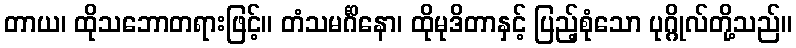
တာယ၊ ထိုသဘောတရားဖြင့်။ တံသမင်္ဂိနော၊ ထိုမုဒိတာနှင့် ပြည့်စုံသော ပုဂ္ဂိုလ်တို့သည်။